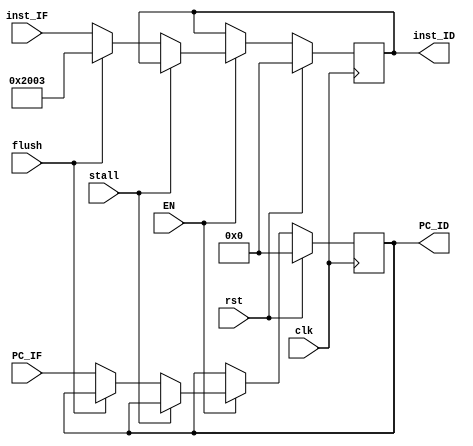
`timescale 1ns / 1ps

module IF_ID(
    input clk,
    input rst,
    input EN,
    input flush,
    input stall,
    input [31:0]        PC_IF,
    input [31:0]        inst_IF,
    
    output reg [31:0]   PC_ID,
    output reg [31:0]   inst_ID
);

    always @(posedge clk) begin
        if(rst) begin
            PC_ID   <= 0;
            inst_ID <= 0;
        end
        else if(EN) begin
            if(stall) begin
                PC_ID   <= PC_ID;
                inst_ID <= inst_ID;
            end
            else if(flush) begin
                PC_ID   <= PC_ID;
                inst_ID <= 32'h00002003; // nop lw zero, 0(zero)
            end
            else begin
                PC_ID   <= PC_IF;
                inst_ID <= inst_IF;
            end
        end
        else begin
            PC_ID   <= PC_ID;
            inst_ID <= inst_ID;
        end
    end
    
    
endmodule